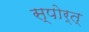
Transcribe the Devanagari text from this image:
स्पोर्त्